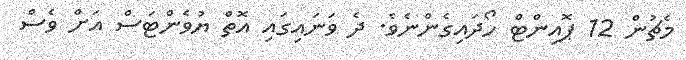
މެޗުން 12 ޕޮއިންޓް ހޯދައިގެންނެވެ. ދެ ވަނައިގައި އޮތް ޔުވެންޓަސް އަށް ވެސް